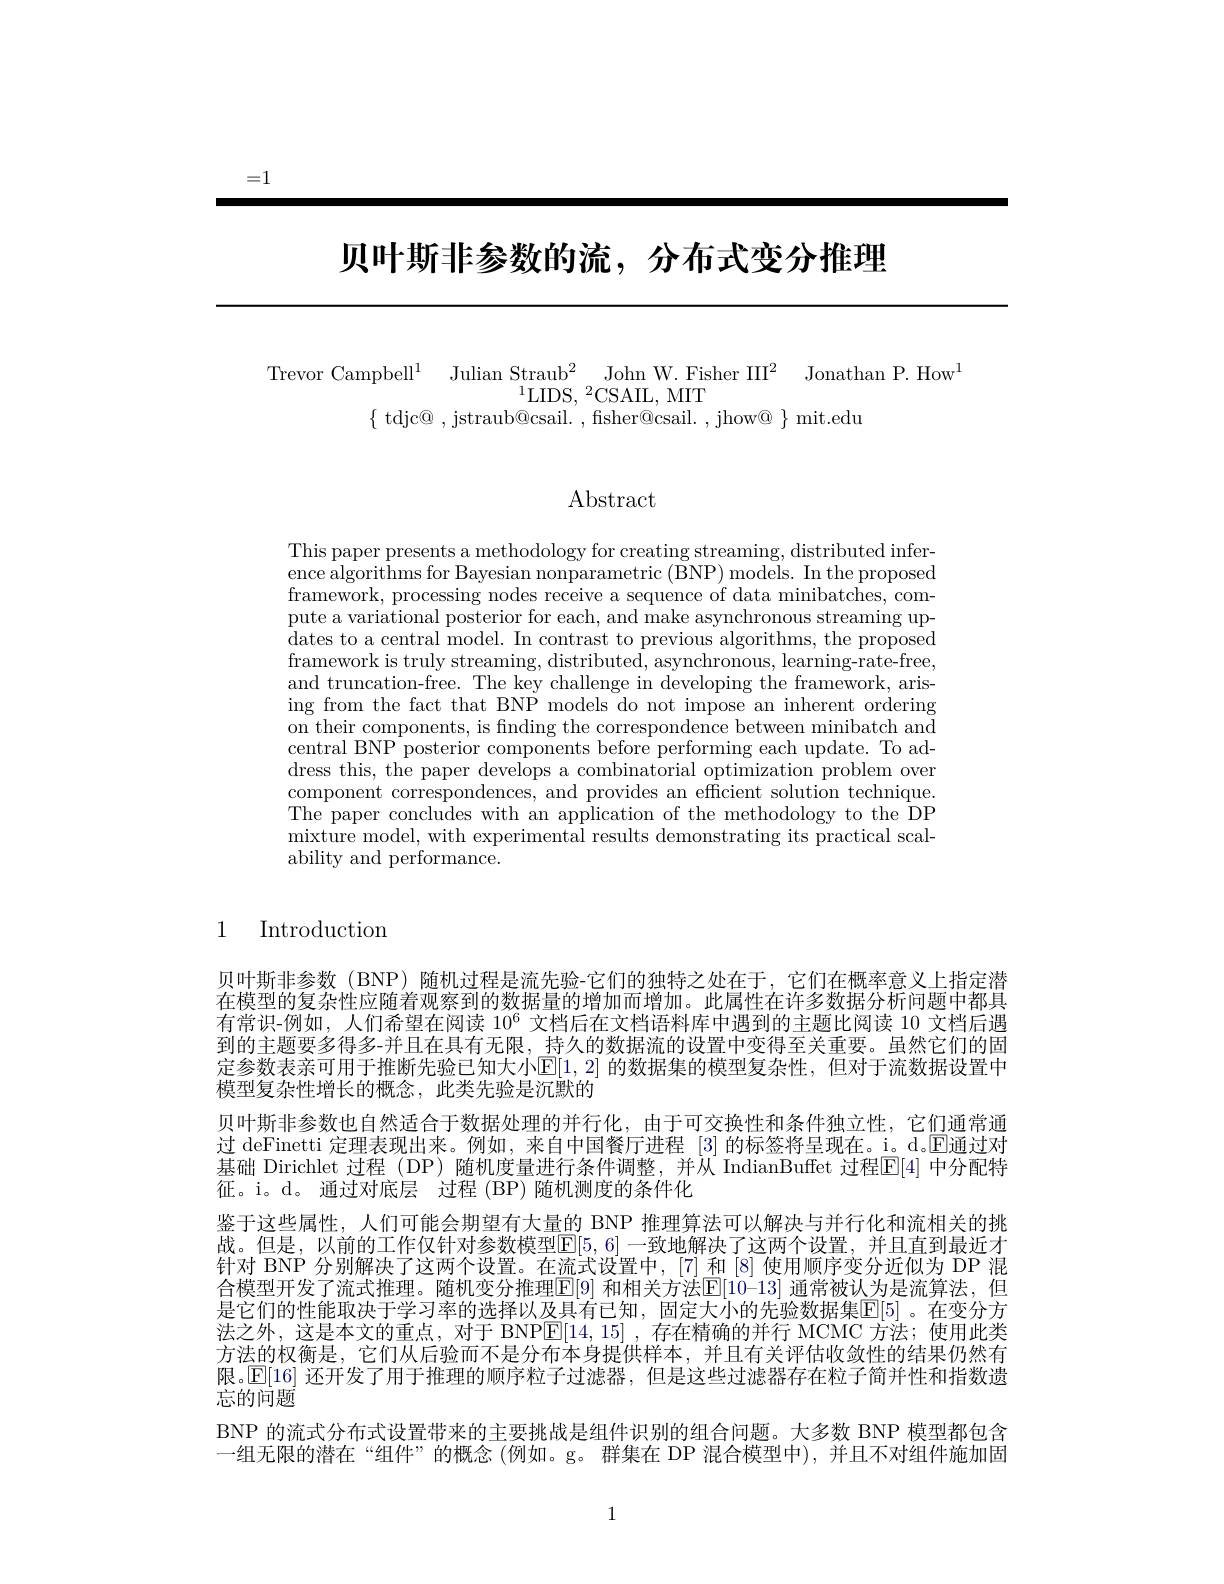
=1

# 贝叶斯非参数的流，分布式变分推理

Trevor Campbell$^1$ Julian Straub$^2$ John W.Fisher III$^2$ Jonathan P.How$^1$
$^{1}\mathrm{LIDS,~}^{2}$CSAIL, MIT
$\{$ tdjc@ , jstraub@csail. , fisher@csail. , jhow@ $\}$ mit.edu

Abstract

This paper presents a methodology for creating streaming, distributed inference algorithms for Bayesian nonparametric (BNP) models. In the proposed $\bar{\text{framework, processing nodes receive a sequence of data minibatches, com-}}$ pute a variational posterior for each, and make asynchronous streaming updates to a central model. In contrast to previous algorithms, the proposed framework is truly streaming, distributed, asynchronous, learning-rate-free, and truncation-free. The key challenge in developing the framework, arising from the fact that BNP models do not impose an inherent ordering on their components, is finding the correspondence between minibatch and central BNP posterior components before performing each update. To address this, the paper develops a combinatorial optimization problem over component correspondences, and provides an efficient solution technique The paper concludes with an application of the methodology to the DP mixture model, with experimental results demonstrating its practical scalability and performance.

1 Introduction

贝叶斯非参数 (BNP) 随机过程是流先验-它们的独特之处在于，它们在概率意义上指定潜在模型的复杂性应随着观察到的数据量的增加而增加。此属性在许多数据分析问题中都具有常识-例如，人们希望在阅读$10^6$文档后在文档语料库中遇到的主题比阅读 10 文档后遇到的主题要多得多-并且在具有无限，持久的数据流的设置中变得至关重要。虽然它们的固定参数表亲可用于推断先验已知大小$\mathbb{E}[1,2]$ 的数据集的模型复杂性，但对于流数据设置中模型复杂性增长的概念，此类先验是沉默的
贝叶斯非参数也自然适合于数据处理的并行化，由于可交换性和条件独立性，它们通常通过 deFinetti 定理表现出来。例如，来自中国餐厅进程 [3] 的标签将呈现在。i。d。$\mathbb{E}$通过对基础 Dirichlet 过程 (DP) 随机度量进行条件调整，并从 IndianBuffet 过程$\overline{\mathrm{E}}[4]$ 中分配特征。i。d。通过对底层 过程 (BP)随机测度的条件化
鉴于这些属性，人们可能会期望有大量的 BNP 推理算法可以解决与并行化和流相关的挑战。但是，以前的工作仅针对参数模型$\overline{\mathbb{E}}[5,6]$ 一致地解决了这两个设置，并且直到最近才针对 BNP 分别解决了这两个设置。在流式设置中，[7] 和[8]使用顺序变分近似为 DP 混合模型开发了流式推理。随机变分推理$\boxed{\mathrm{E}}[9]$ 和相关方法$\boxed{\mathrm{E}}[10-13]$ 通常被认为是流算法，但是它们的性能取决于学习率的选择以及具有已知，固定大小的先验数据集$\overline{\mathbb{E}}[5]$ 。在变分方法之外，这是本文的重点，对于 BNP$\overline{\mathrm{E}}[14,15]$,存在精确的并行 MCMC 方法；使用此类方法的权衡是，它们从后验而不是分布本身提供样本，并且有关评估收敛性的结果仍然有限。$\mathbb{E}[16]$还开发了用于推理的顺序粒子过滤器，但是这些过滤器存在粒子简并性和指数遗忘的问题
BNP 的流式分布式设置带来的主要挑战是组件识别的组合问题。大多数 BNP 模型都包含一组无限的潜在“组件”的概念 (例如。g。群集在 DP 混合模型中),并且不对组件施加固

1